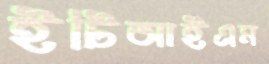
ইটিআইএম